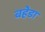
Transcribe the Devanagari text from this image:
बहेडा